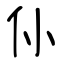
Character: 仦